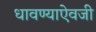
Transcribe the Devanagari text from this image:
धावण्याऐवजी